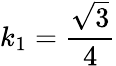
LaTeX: k_{1}=\frac{\sqrt{3}}{4}